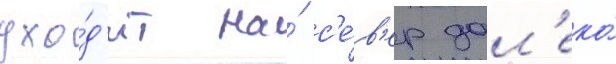
ухо́д'ит на́ с'е́в'ер дал'еко́